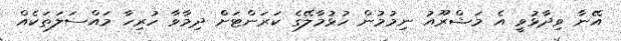
އޭނާ ވިދާޅުވީ އެ މަޝްރޫއު ނިމުމުން ހުޅުމާލޭގެ ކަރަންޓަށް ދިމާވާ ހުރިހާ މައްސަލަތަކެއް